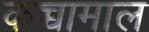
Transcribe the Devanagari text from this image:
कच्चामाल